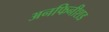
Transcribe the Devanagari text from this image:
अनफिनीशड